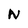
Character: N